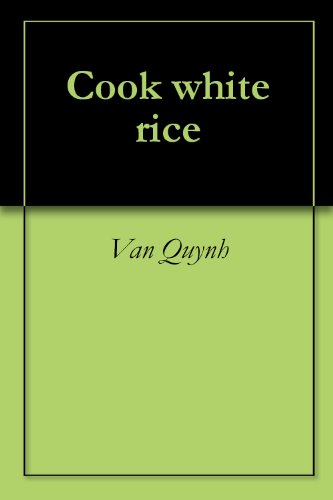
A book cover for Cook white rice; Van Quynh; Cookbooks, Food & Wine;